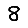
Digit: 8